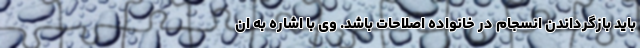
باید بازگرداندن انسجام در خانواده اصلاحات باشد. وی با اشاره به ان